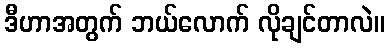
ဒီဟာအတွက် ဘယ်လောက် လိုချင်တာလဲ။